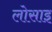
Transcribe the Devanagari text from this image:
लोसाइ